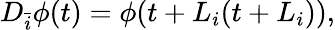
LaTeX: D_{\bar{i}}\phi(t)=\phi(t+L_{i}(t+L_{i})),